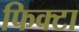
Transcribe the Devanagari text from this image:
फिक्टा